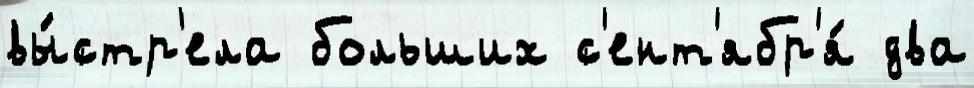
вы́стр'ела больших с'ент'ябр'я́ два